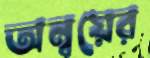
অন্বয়ের